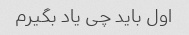
اول باید چی یاد بگیرم